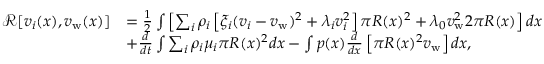
\begin{array} { r l } { \mathcal { R } [ v _ { i } ( x ) , v _ { \mathrm { w } } ( x ) ] } & { = \frac { 1 } { 2 } \int \left[ \sum _ { i } \rho _ { i } \left[ \xi _ { i } ( v _ { i } - v _ { \mathrm { w } } ) ^ { 2 } + \lambda _ { i } v _ { i } ^ { 2 } \right] \pi R ( x ) ^ { 2 } + \lambda _ { 0 } v _ { \mathrm { w } } ^ { 2 } 2 \pi R ( x ) \right] d x } \\ & { + \frac { d } { d t } \int \sum _ { i } \rho _ { i } \mu _ { i } \pi R ( x ) ^ { 2 } d x - \int p ( x ) \frac { d } { d x } \left[ \pi R ( x ) ^ { 2 } v _ { \mathrm { w } } \right] d x , } \end{array}